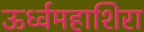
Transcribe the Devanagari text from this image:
ऊर्ध्वमहाशिरा